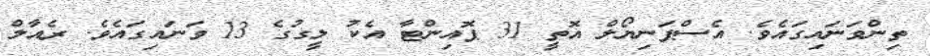
ތިންވަނައިގައެވެ. އެސްޕަނިޔޯލް އޮތީ 31 ޕޮއިންޓާ އެކު ލީގުގެ 13 ވަނައިގައެވެ. ރެއާލް